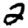
Digit: 2